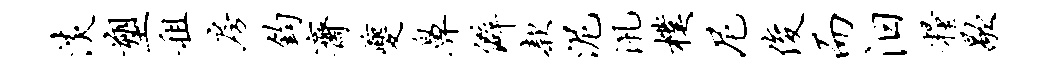
淡塑租房钧斋夔鼻僻款泥汛朴尼俊而汨粮歇